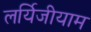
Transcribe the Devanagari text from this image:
लर्यिजीयाम